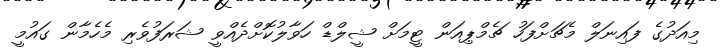
މިއަދުގެ ފައިނަލް މެޗަށްފަހު ޗެމްޕިއަން ޓީމަށް ޝީލްޑް ހަވާލުކޮށްދެއްވީ ޝަރަފުވެރި މެހެމާން ގައުމީ